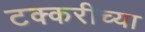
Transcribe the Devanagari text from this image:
टक्करीच्या